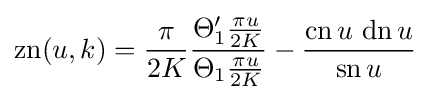
\operatorname {zn} (u,k)={\frac {\pi }{2K}}{\frac {\Theta _{1}'{\frac {\pi u}{2K}}}{\Theta _{1}{\frac {\pi u}{2K}}}}-{\frac {\operatorname {cn} {u}\,\operatorname {dn} {u}}{\operatorname {sn} {u}}}